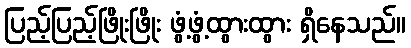
ပြည့်ပြည့်ဖြိုးဖြိုး ဖွံ့ဖွံ့ထွားထွား ရှိနေသည်။